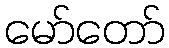
မော်တော်